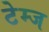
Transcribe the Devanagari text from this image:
टेम्ज